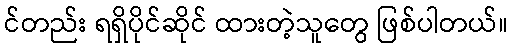
င်တည်း ရရှိပိုင်ဆိုင် ထားတဲ့သူတွေ ဖြစ်ပါတယ်။